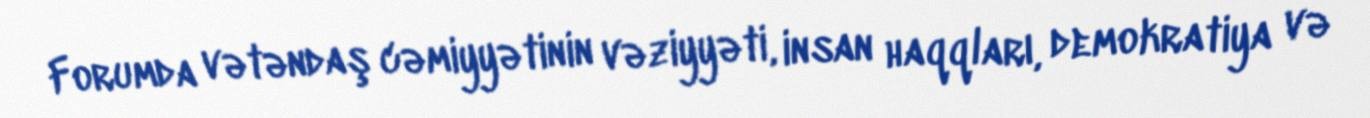
Forumda vətəndaş cəmiyyətinin vəziyyəti, insan haqqları, demokratiya və